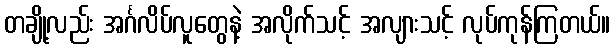
တချို့လည်း အင်္ဂလိပ်လူတွေနဲ့ အလိုက်သင့် အလျားသင့် လုပ်ကုန်ကြတယ်။